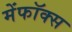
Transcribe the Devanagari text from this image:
मेंफॉक्स